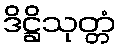
ဒိဋ္ဌိသုတ္တံ